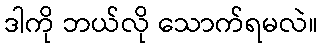
ဒါကို ဘယ်လို သောက်ရမလဲ။